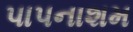
પાપનાશમ